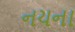
નયના